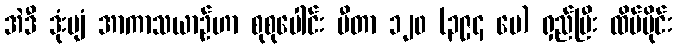
အဲဒီ ဒုံးပျံ အာကာသယာဉ်ဟာ စုစုပေါင်း မီတာ ၁၂၀ (၃၉၄ ပေ) ရှည်ပြီး ထိပ်ပိုင်း